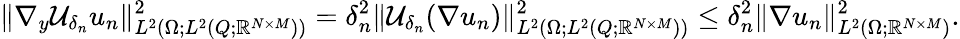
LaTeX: \| \nabla_{y}\mathcal{U}_{\delta_{n}}u_{n}\| _{L^{2}(\Omega;L^{2}(Q;\mathbb{R}^{N\times M}))}^{2}=\delta_{n}^{2}\| \mathcal{U}_{\delta_{n}}(\nabla u_{n})\| _{L^{2}(\Omega;L^{2}(Q;\mathbb{R}^{N\times M}))}^{2}\leq\delta_{n}^{2}\| \nabla u_{n}\| _{L^{2}(\Omega;\mathbb{R}^{N\times M})}^{2}.